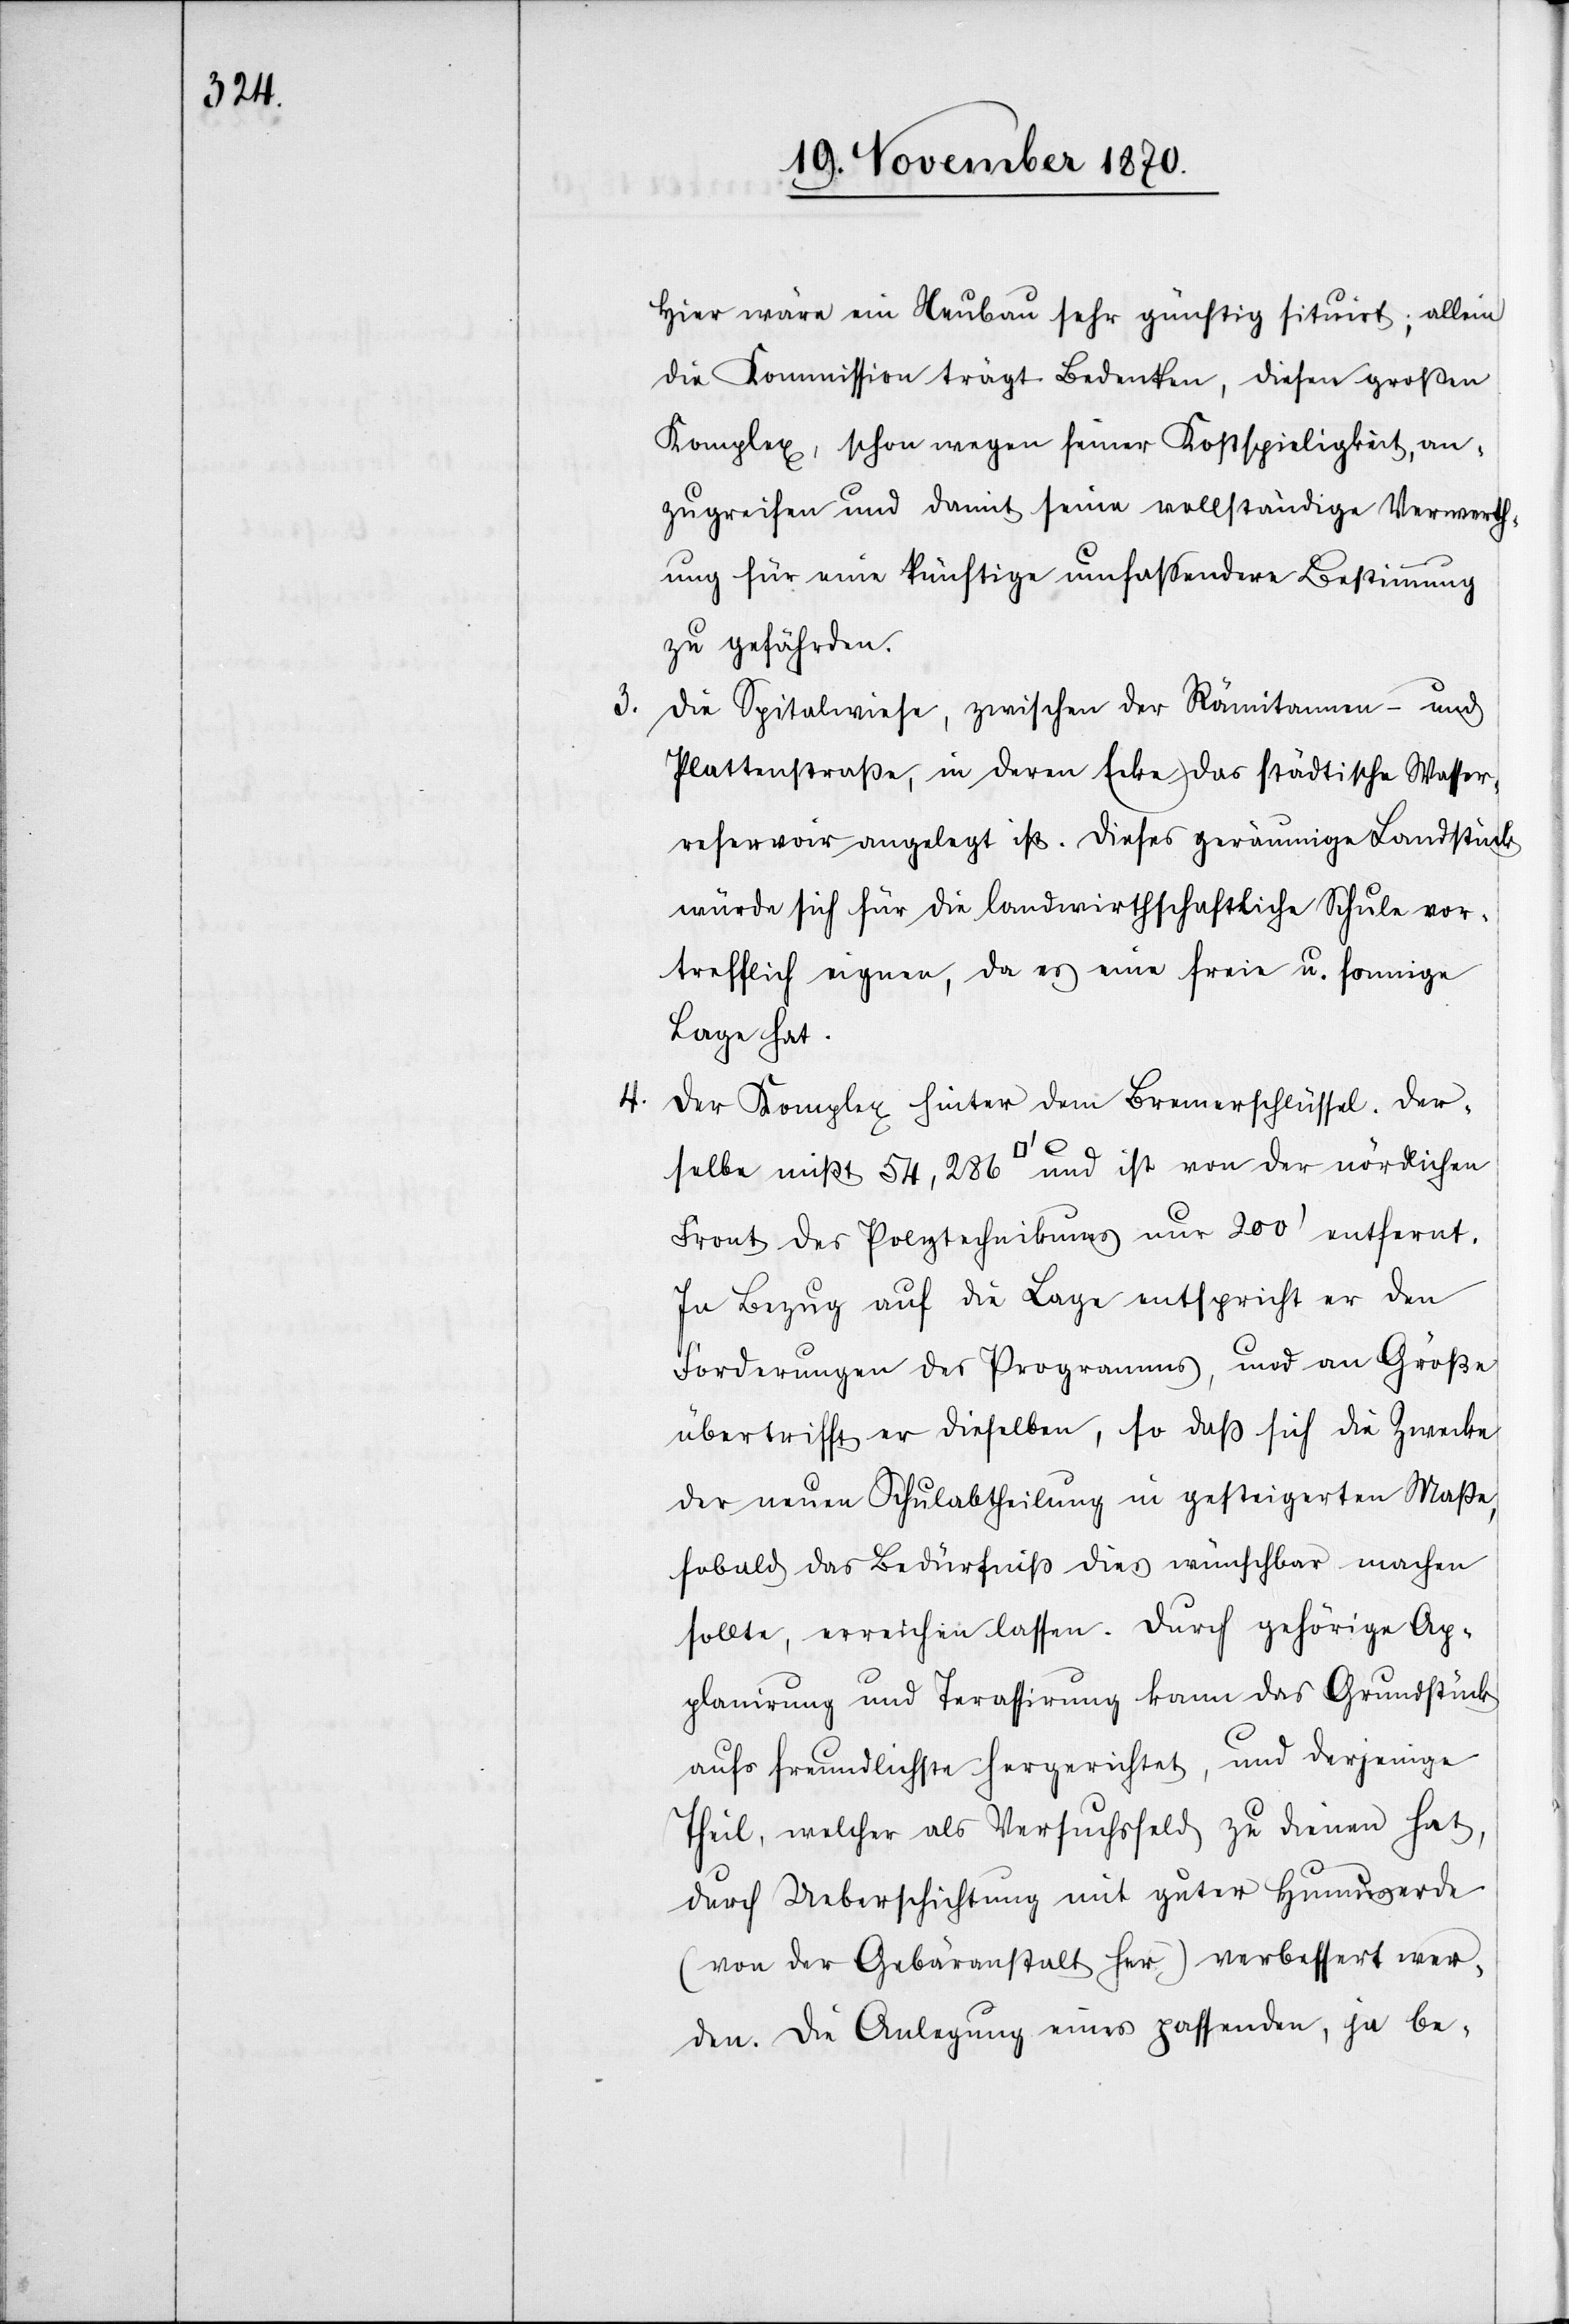
3.

Hier wäre ein Neubau sehr günstig situirt; allein
die Kommission trägt Bedenken, diesen großen
Komplex, schon wegen seiner Kostspieligkeit, an¬
zugreifen und damit seine vollständige Verwerth¬
ung für eine künftige umfassendere Bestimmung
zu gefährden.
Die Spitalwiese, zwischen der Rämitannen- und
Plattenstraße, in deren Ecke das städtische Wasser¬
reservoir angelegt ist. Dieses geräumige Landstück
würde sich für die landwirthschaftliche Schule vor¬
trefflich eignen, da es eine freie u. sonnige
Lage hat.
4. Der Komplex hinter dem Bremerschlüssel. Der¬
selbe misst 54,286 [Quadratfuß] und ist von der nördlichen
Front des Polytechnikums nur 200’ entfernt.
In Bezug auf die Lage entspricht er den
Forderungen des Programmes, und an Größe
übertrifft er dieselben, so daß sich die Zwecke
der neuen Schulabtheilung in gesteigertem Maße,
sobald das Bedürfniß dies wünschbar machen
sollte, erreichen lassen. Durch gehörige Ap¬
planirung und Terassirung kann das Grundstück
aufs freundlichste hergerichtet, und derjenige
Theil, welcher als Versuchsfeld zu dienen hat,
durch Ueberschichtung mit guter Humuserde
(von der Gebäranstalt her) verbessert wer¬
den. Die Anlegung eines passenden, ja be-